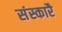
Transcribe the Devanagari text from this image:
संस्कारै